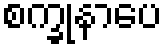
စက္ခုနာပေ